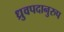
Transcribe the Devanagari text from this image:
ध्रुवपदानुरुप